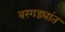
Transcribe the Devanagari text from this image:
बरगड्यांत